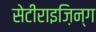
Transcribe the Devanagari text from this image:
सेटीराइज़िन्ग